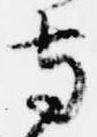
寺